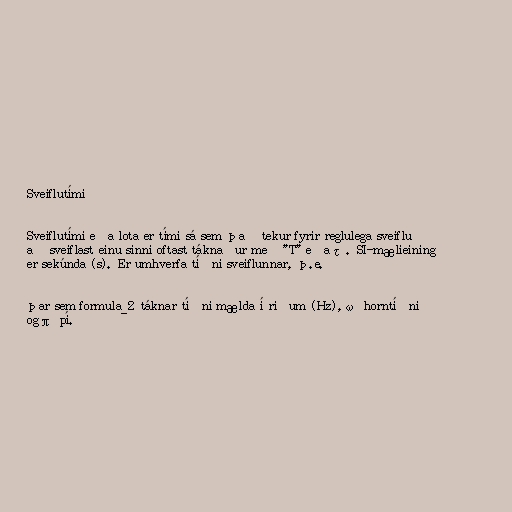
Sveiflutími

Sveiflutími eða lota er tími sá sem það tekur fyrir reglulega sveiflu
að sveiflast einu sinni oftast táknaður með "T" eða τ. SI-mælieining
er sekúnda (s). Er umhverfa tíðni sveiflunnar, þ.e.

þar sem formula_2 táknar tíðni mælda í riðum (Hz), ω horntíðni
og π pí.